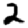
Digit: 2